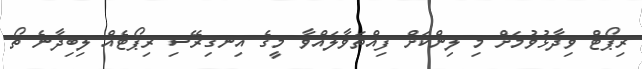
ރިޕޯޓް ވިދާޅުވުމަށް މި ލިންކަށް ފިއްތަވާލައްވާ މީގެ އިނގިރޭސި ރިޕޯޓެއް ލިބިދާނެ ތޯ